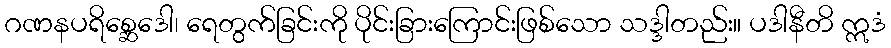
ဂဏနပရိစ္ဆေဒေါ၊ ရေတွက်ခြင်းကို ပိုင်းခြားကြောင်းဖြစ်သော သဒ္ဒါတည်း။ ပဒါနီတိ ဣဒံ